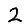
Digit: 2